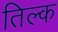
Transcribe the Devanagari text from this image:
तिल्क